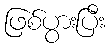
ဖြစ်ပွားပြီး